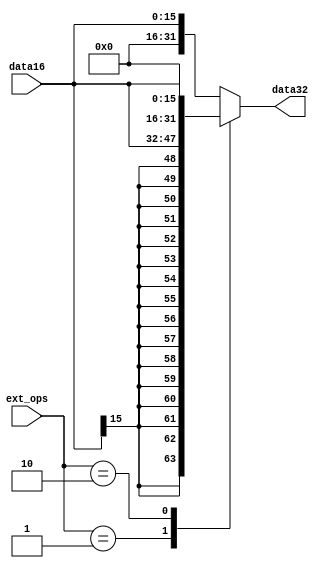
// This program was cloned from: https://github.com/tongplw/HW-Syn-Lab
// License: MIT License

`timescale 1ns / 1ps
//-------------------------------------------------------
// Title        : Extender.
// Library      : nanoLADA
// Purpose      : Computer Architecture
// Developers   : Krerk Piromsopa, Ph. D.
//              : Chulalongkorn University.

module extender(data32, data16,ext_ops);
output reg [31:0] data32;
input [15:0] data16;
input [1:0] ext_ops;
    
always@(ext_ops or data16)
begin
    case(ext_ops)
    2'b01: data32 = {{16{data16[15]}},data16};
    2'b10: data32 = {data16,{16{1'b0}}};
    default: data32 = {{16{1'b0}},data16};
    endcase
end
endmodule